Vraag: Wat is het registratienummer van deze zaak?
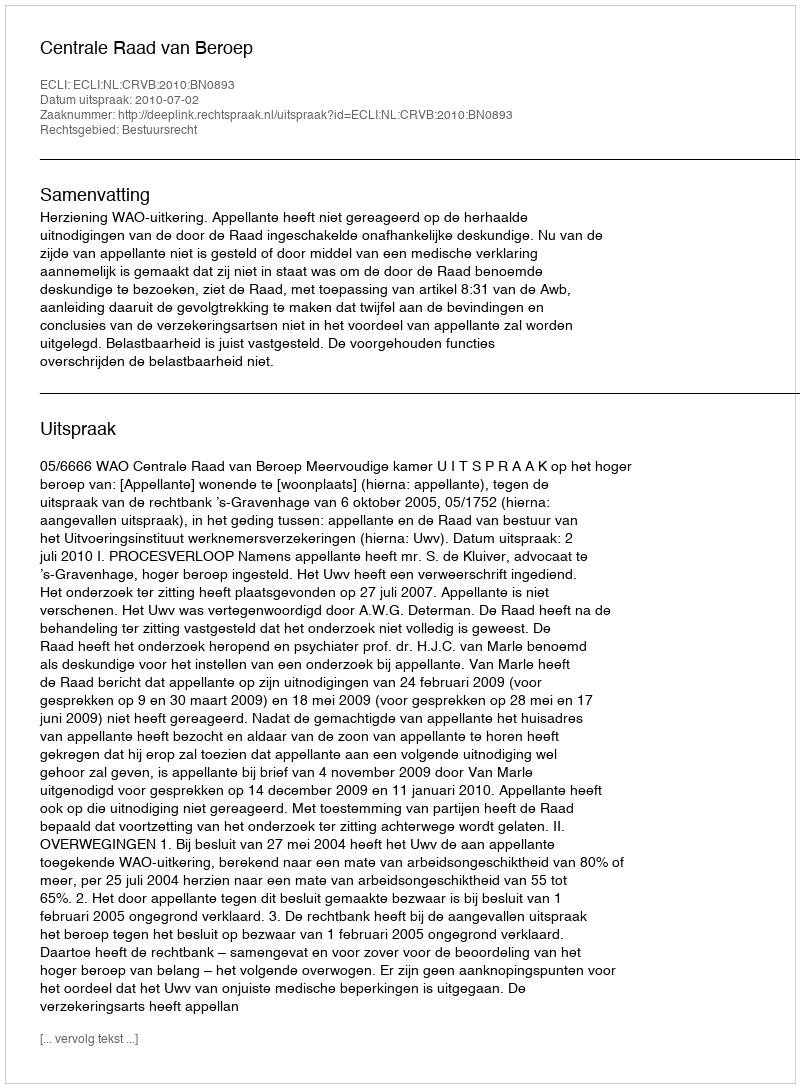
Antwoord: http://deeplink.rechtspraak.nl/uitspraak?id=ECLI:NL:CRVB:2010:BN0893